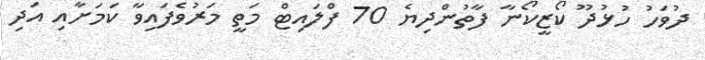
ދުވަހު ހުޅުދޫ ކޯޒީކޯނާ ފާތުންދިޔެ 70 ފްލައިޓް މަތީ މަރުވެފައިވާ ކަމަށާއި އަދި